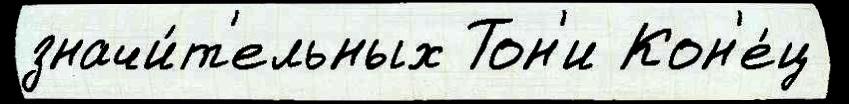
значи́т'ельных Тон'и Кон'е́ц